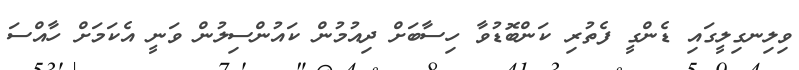
ވިލިނގިލީގައި ޑެންގީ ފެތުރި ކަންބޮޑުވާ ހިސާބަށް ދިއުމުން ކައުންސިލުން ވަނީ އެކަމަށް ހާއްސަ